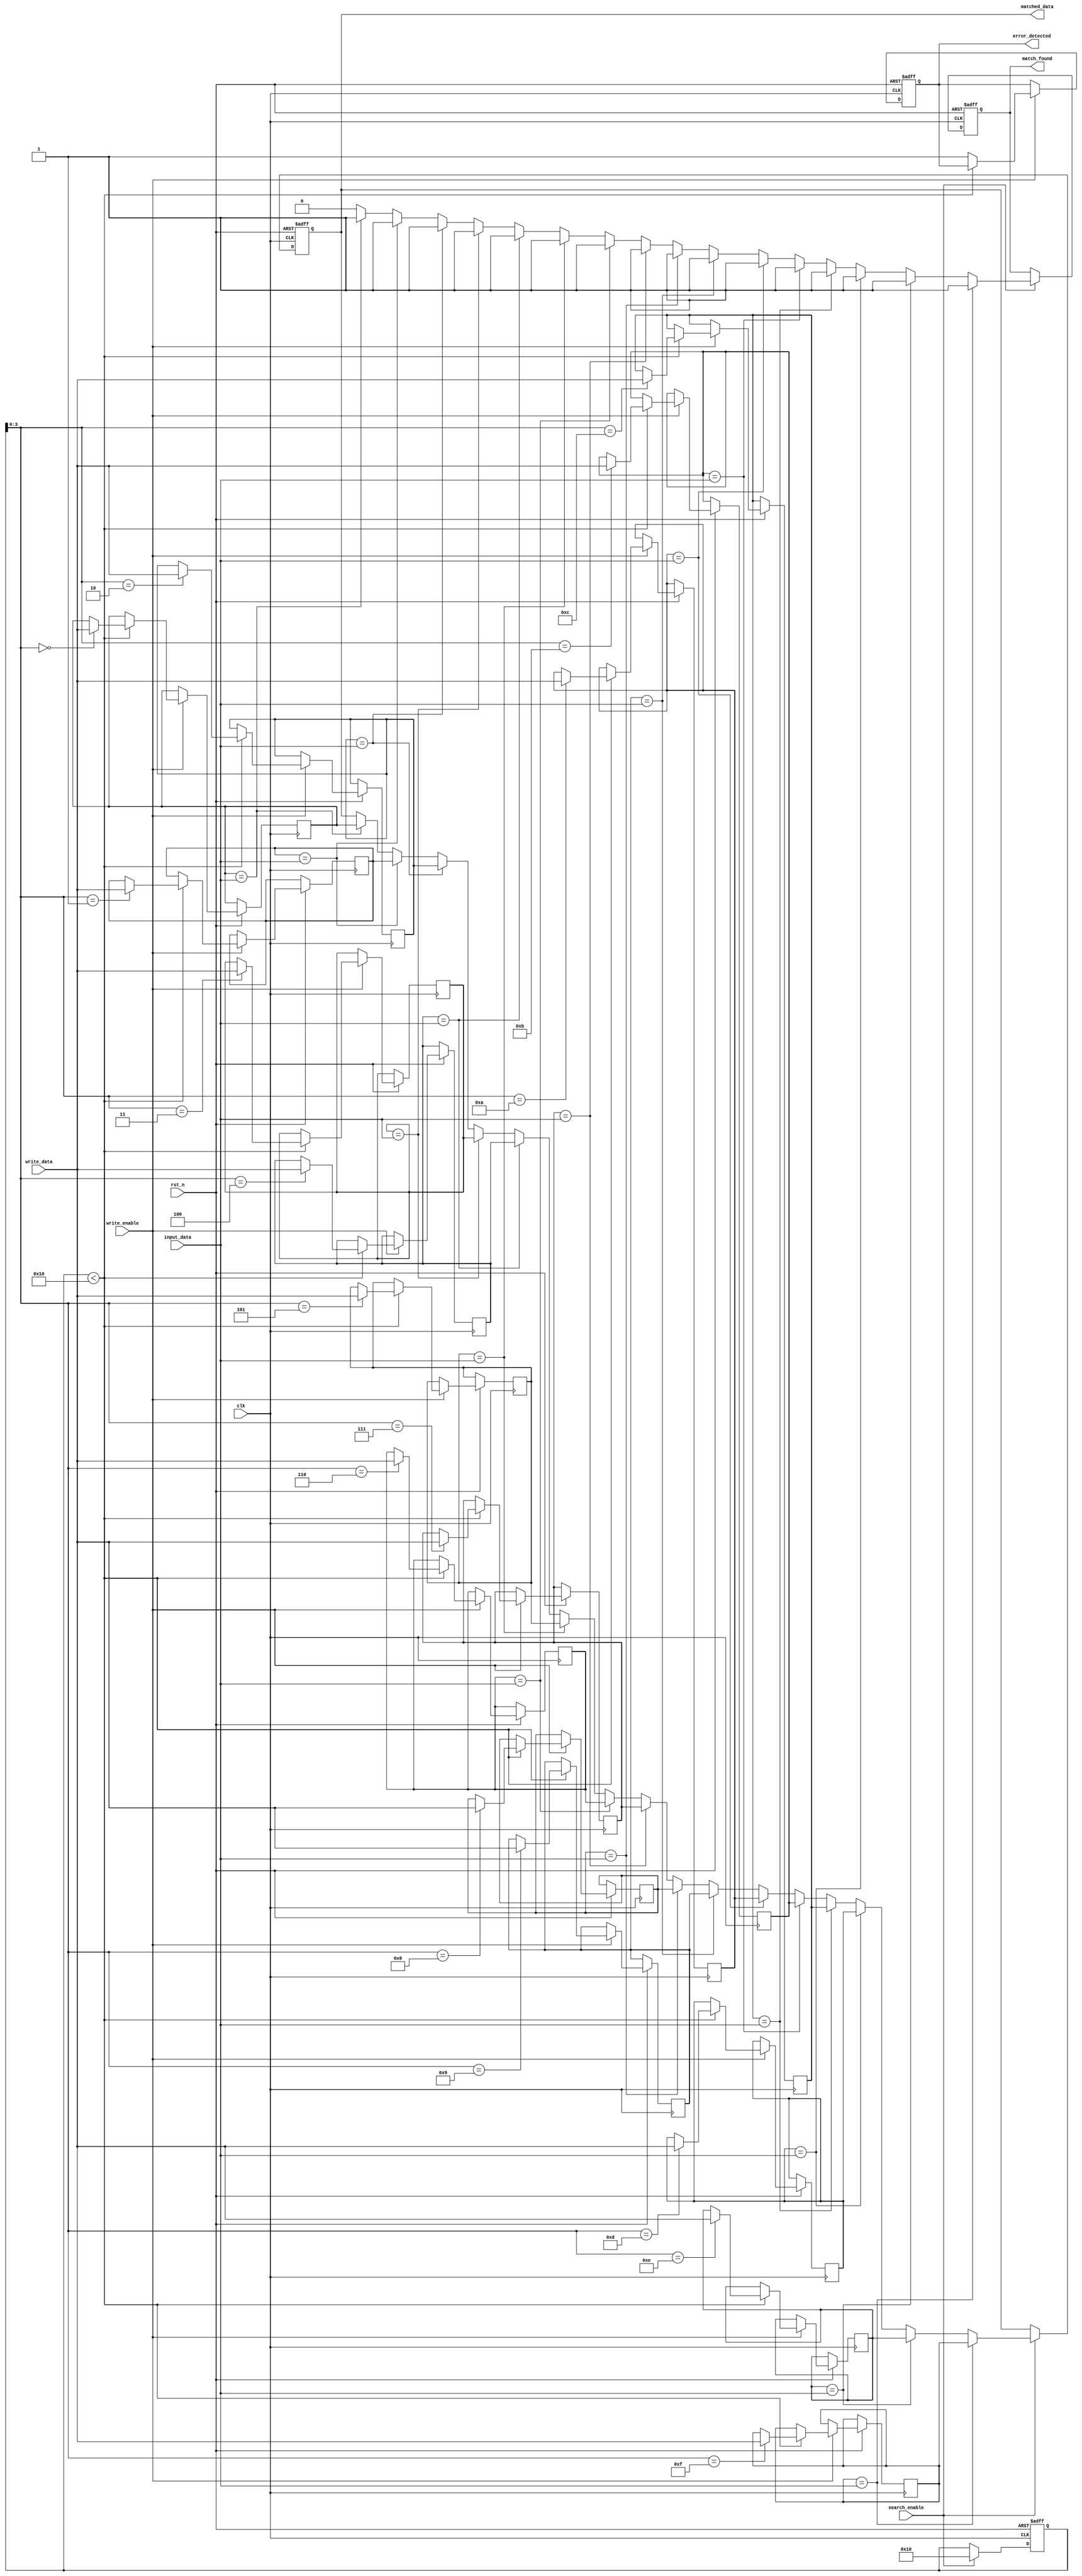
module flash_based_cam #(
    parameter WORD_SIZE = 8,    // Number of bits per entry
    parameter DEPTH = 16         // Number of entries
)(
    input wire clk,
    input wire rst_n,
    input wire [WORD_SIZE-1:0] input_data,
    input wire [WORD_SIZE-1:0] write_data,
    input wire write_enable,
    input wire search_enable,
    output reg [WORD_SIZE-1:0] matched_data,
    output reg match_found,
    output reg error_detected
);

    // Data storage array (Flash memory simulation)
    reg [WORD_SIZE-1:0] data_storage [0:DEPTH-1];

    // Match line array
    reg match_lines [0:DEPTH-1];

    // Control signals
    integer i;

    // Input Buffer
    always @(posedge clk or negedge rst_n) begin
        if (!rst_n) begin
            matched_data <= 0;
            match_found <= 0;
            error_detected <= 0;
            // Reset match lines
            for (i = 0; i < DEPTH; i = i + 1) begin
                match_lines[i] <= 0;
            end
        end else begin
            // Write operation
            if (write_enable) begin
                // Simple write cycle simulation
                if (i < DEPTH) begin
                    data_storage[i] <= write_data;
                end else begin
                    error_detected <= 1; // Error: out of bounds
                end
            end
            
            // Search operation
            if (search_enable) begin
                match_found <= 0; // Reset match found
                for (i = 0; i < DEPTH; i = i + 1) begin
                    if (data_storage[i] == input_data) begin
                        match_lines[i] <= 1; // Match found
                        matched_data <= data_storage[i];
                        match_found <= 1;
                    end else begin
                        match_lines[i] <= 0; // No match
                    end
                end
            end
        end
    end
endmodule